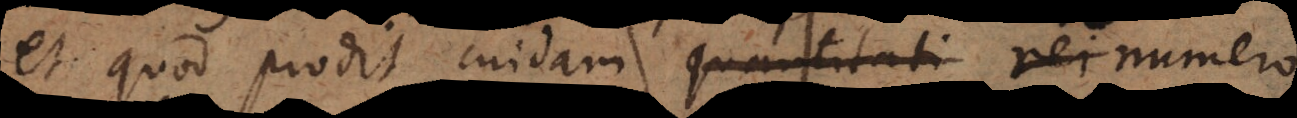
et quod prodit cuidam quantitati rei numero